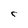
Character: r